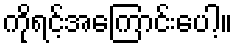
ကိုရင့်အကြောင်းပေါ့။